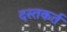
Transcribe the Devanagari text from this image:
दस्तकर्त